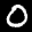
Label: 0